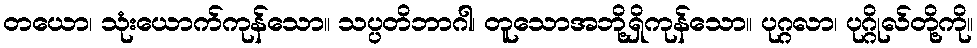
တယော၊ သုံးယောက်ကုန်သော။ သပ္ပတိဘာဂါ၊ တူသောအဘို့ရှိကုန်သော။ ပုဂ္ဂလာ၊ ပုဂ္ဂိုလ်တို့ကို။